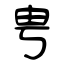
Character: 甹